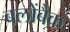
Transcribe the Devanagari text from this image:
बलोंबैक